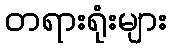
တရားရုံးများ